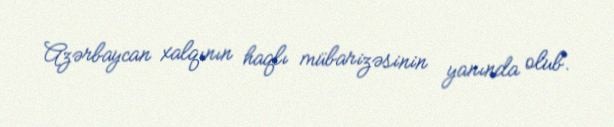
Azərbaycan xalqının haqlı mübarizəsinin yanında olub.